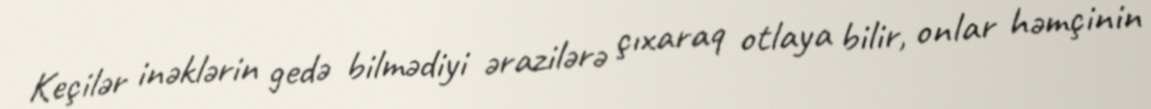
Keçilər inəklərin gedə bilmədiyi ərazilərə çıxaraq otlaya bilir, onlar həmçinin